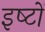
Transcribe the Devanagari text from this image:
इष्‍टों